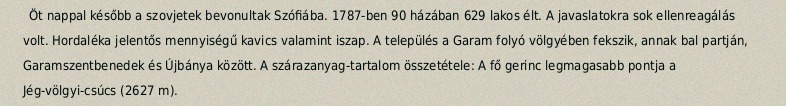
Öt nappal később a szovjetek bevonultak Szófiába. 1787-ben 90 házában 629 lakos élt. A javaslatokra sok ellenreagálás volt. Hordaléka jelentős mennyiségű kavics valamint iszap. A település a Garam folyó völgyében fekszik, annak bal partján, Garamszentbenedek és Újbánya között. A szárazanyag-tartalom összetétele: A fő gerinc legmagasabb pontja a Jég-völgyi-csúcs (2627 m).